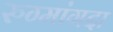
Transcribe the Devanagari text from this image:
रुग्मांगदा